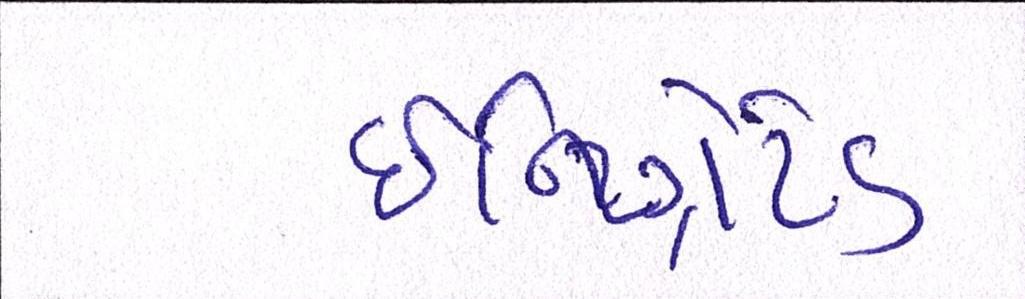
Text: ઇન્ટિગ્રેટેડ